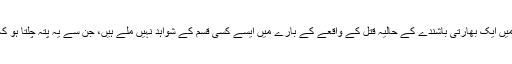
‘‘ آسٹریلوی حکام نے کہا کہ شہر میلبورن میں ایک بھارتی باشندے کے حالیہ قتل کے واقعے کے بارے میں ایسے کسی قسم کے شواہد نہیں ملے ہیں، جن سے یہ پتہ چلتا ہو کہ یہ قتل نسلی تعصب کی بنیادوں پر کیا گیا۔